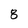
Character: 8